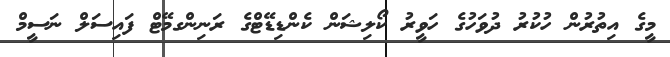
މީގެ އިތުރުން ހުކުރު ދުވަހުގެ ހަވީރު ކޯލިޝަން ކެންޑިޑޭޓްގެ ރަނިންގމޭޓް ފައިސަލް ނަސީމް